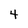
Character: 4